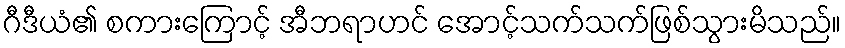
ဂီဒီယံ၏ စကားကြောင့် အီဘရာဟင် အောင့်သက်သက်ဖြစ်သွားမိသည်။